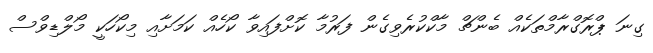
ގިނަ ޕްރޮގްރާމްތަކެއް ބެންޗް މާކްކުރެވިގެން ފަރުމާ ކޮށްފައިވާ ކޯހެއް ކަމަށާއި މިކޯހަކީ މޯލްޑިވްސް